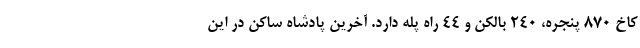
کاخ 870 پنجره، 240 بالکن و 44 راه پله دارد. آخرین پادشاه ساکن در این